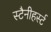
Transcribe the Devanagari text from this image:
स्टैनीहर्स्ट